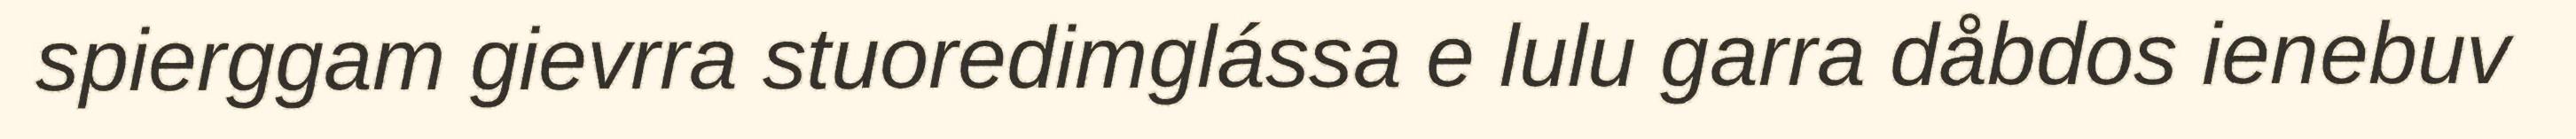
spierggam gievrra stuoredimglássa e lulu garra dåbdos ienebuv